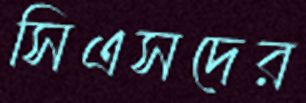
সিএসদের